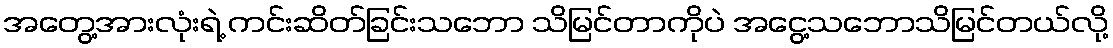
အတွေ့အားလုံးရဲ့ ကင်းဆိတ်ခြင်းသဘော သိမြင်တာကိုပဲ အငွေ့သဘောသိမြင်တယ်လို့